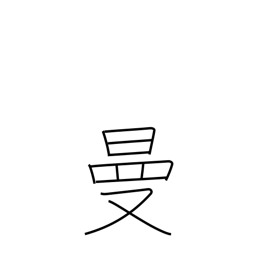
Meaning: wide